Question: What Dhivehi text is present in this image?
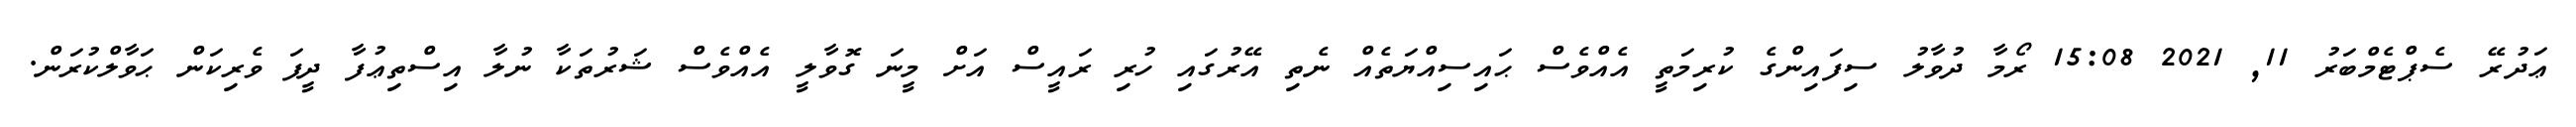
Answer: ޢަދުރޭ ސެޕްޓެމްބަރު 11, 2021 15:08 ރޯމާ ދުވާލު ސިފައިންގެ ކުރިމަތީ އެއްވެސް ޙައިސިއްޔަތެއް ނެތި އޭރުގައި ހުރި ރައީސް އަށް މީނަ ގޮވާލީ އެއްވެސް ޝަރުތަކާ ނުލާ އިސްތިޢުފާ ދީފަ ވެރިކަން ޙަވާލްކުރަން.